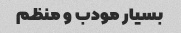
بسیار مودب و منظم